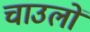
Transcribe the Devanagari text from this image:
चाउलों